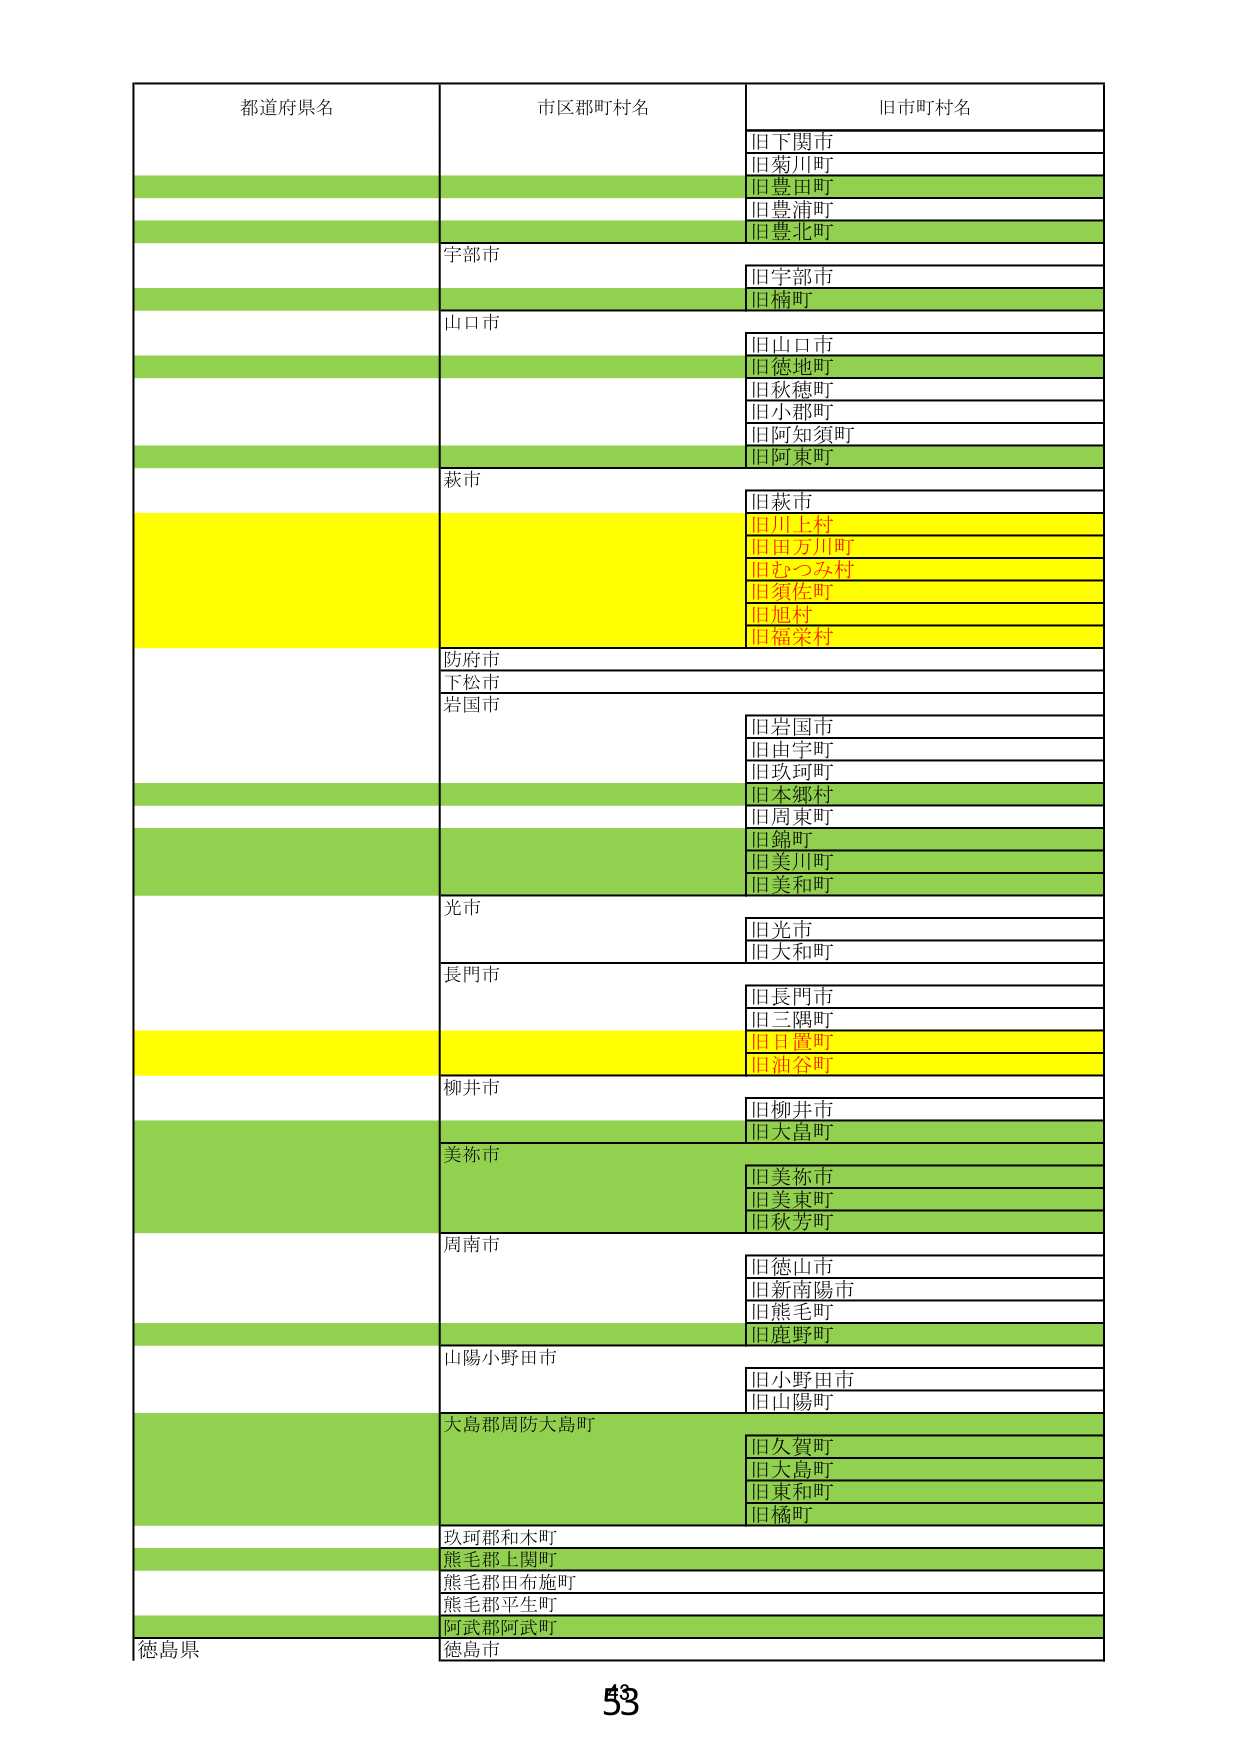
都道府県名
市区郡町村名
旧市町村名
旧下関市
旧菊川町
旧豊田町
旧豊浦町
旧豊北町
宇部市
旧宇部市
旧楠町
山口市
旧山口市
旧徳地町
旧秋穂町
旧小郡町
旧阿知須町
旧阿東町
萩市
旧萩市
旧川上村
旧田方川町
旧むつみ村
旧須佐町
旧旭村
旧福栄村
防府市
下松市
岩国市
旧岩国市
旧由宇町
旧玖珂町
旧本郷村
旧周東町
旧錦町
旧美川町
旧美和町
光市
旧光市
旧大和町
長門市
旧長門市
旧三隅町
旧日置町
旧油谷町
柳井市
旧柳井市
旧大畠町
美祢市
旧美祢市
旧美東町
旧秋芳町
周南市
旧徳山市
旧新南陽市
旧熊毛町
旧鹿野町
山陽小野田市
旧小野田市
旧山陽町
大島郡周防大島町
旧久賀町
旧大島町
旧東和町
旧橘町
玖珂郡和木町
熊毛郡上関町
熊毛郡田布施町
熊毛郡平生町
阿武郡阿武町
徳島県
徳島市
53